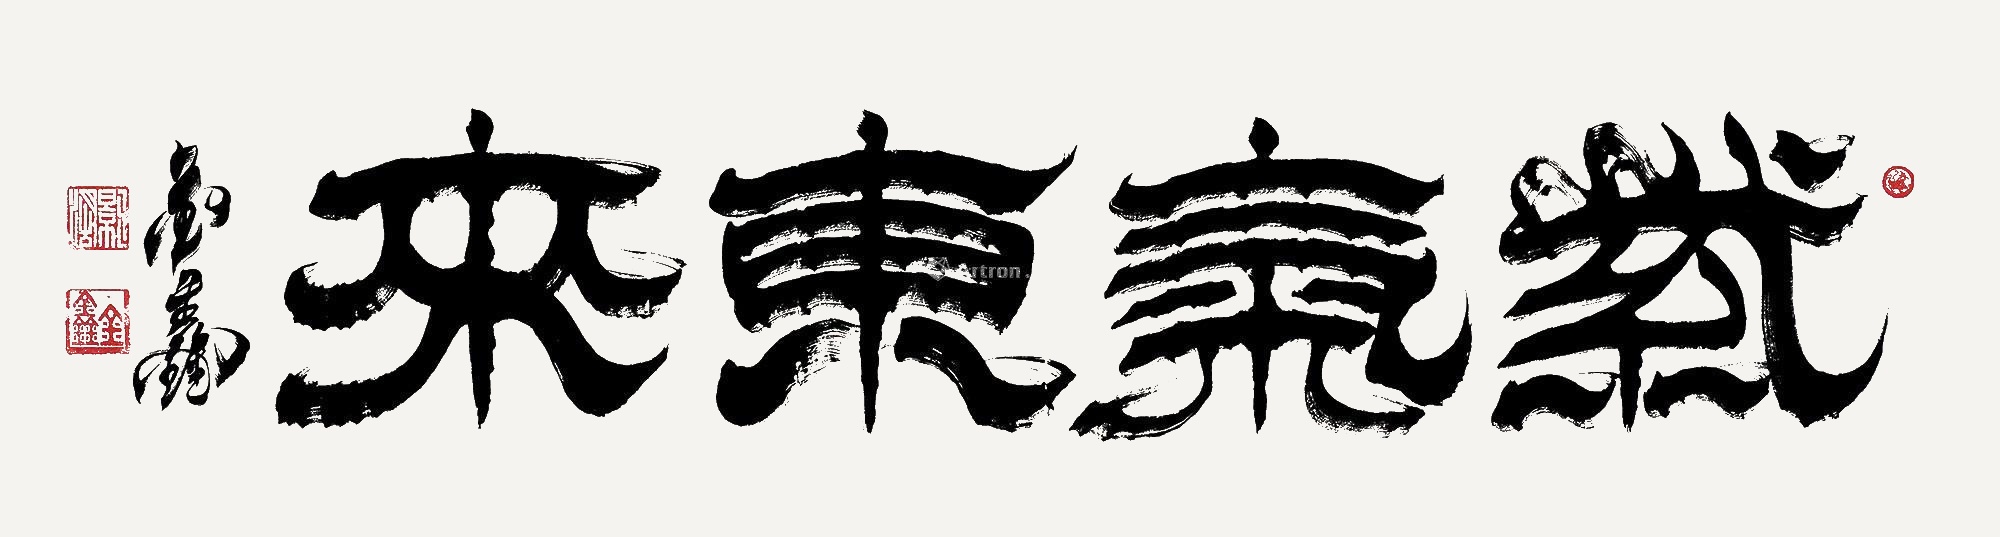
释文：紫气东来。金鑫。